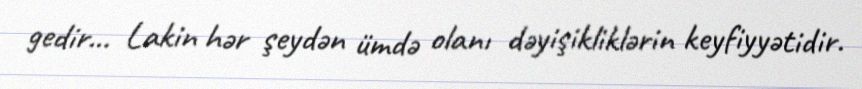
gedir... Lakin hər şeydən ümdə olanı dəyişikliklərin keyfiyyətidir.